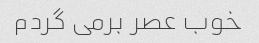
خوب عصر برمی گردم